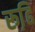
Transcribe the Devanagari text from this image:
रूढि़